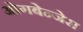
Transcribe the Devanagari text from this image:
ओगबेन्जेस